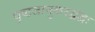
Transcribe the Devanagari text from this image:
घृष्टजानुकरद्वंद्वः